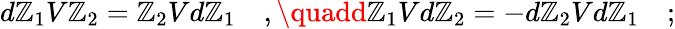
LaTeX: d\mathbb{Z}_{1}V\mathbb{Z}_{2}=\mathbb{Z}_{2}Vd\mathbb{Z}_{1}\quad,\quadd\mathbb{Z}_{1}Vd\mathbb{Z}_{2}=-d\mathbb{Z}_{2}Vd\mathbb{Z}_{1}\quad;